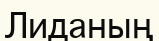
Лиданың